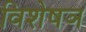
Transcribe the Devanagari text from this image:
विशेषञ